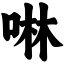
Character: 啉